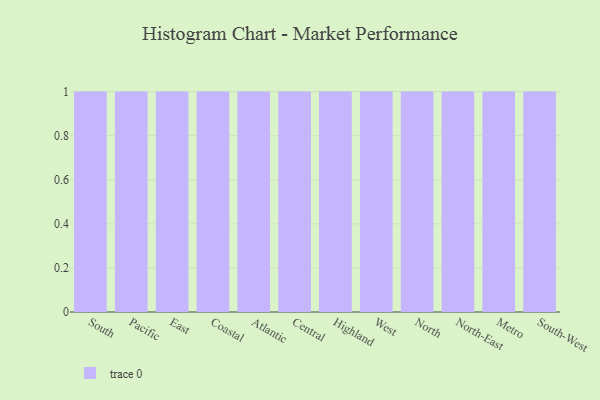
{"axis": {"x": "Region", "y": "Budget (USD K)"}, "legend": [""], "data": [{"x": "South", "y": 36, "type": ""}, {"x": "Pacific", "y": 50, "type": ""}, {"x": "East", "y": 10, "type": ""}, {"x": "Coastal", "y": 30, "type": ""}, {"x": "Atlantic", "y": 74, "type": ""}, {"x": "Central", "y": 95, "type": ""}, {"x": "Highland", "y": 12, "type": ""}, {"x": "West", "y": 52, "type": ""}, {"x": "North", "y": 91, "type": ""}, {"x": "North-East", "y": 69, "type": ""}, {"x": "Metro", "y": 89, "type": ""}, {"x": "South-West", "y": 74, "type": ""}]}